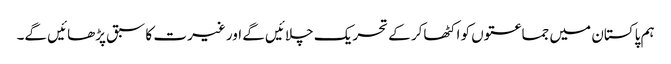
ہم پاکستان میں جماعتوں کو اکٹھاکر کے تحریک چلائیں گے اور غیرت کا سبق پڑھائیں گے۔